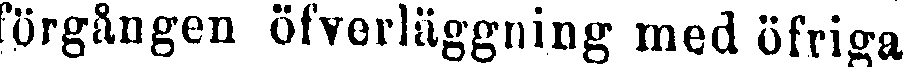
förgången öfverläggning med öfriga